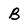
Character: B